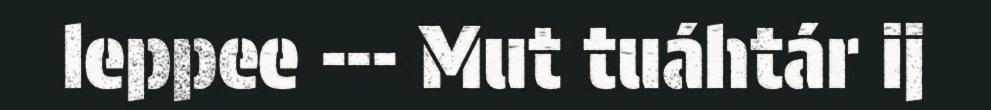
leppee --- Mut tuáhtár ij